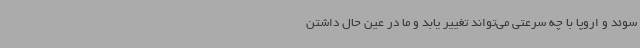
سوئد و اروپا با چه سرعتی می‌تواند تغییر یابد و ما در عین حال داشتن